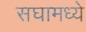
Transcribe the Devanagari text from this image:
सघामध्ये